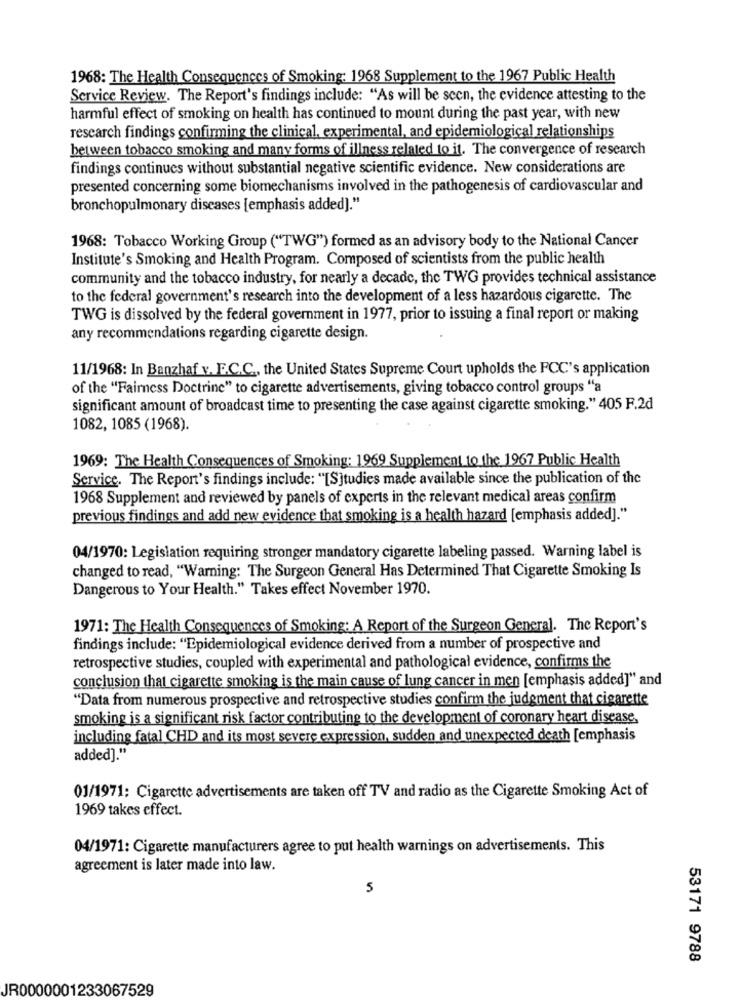
1968: The Health Consequences of Smoking: 1968 Supplement to the 1967 Public Health
Service Review. The Report's findings include: "As will be seen, the evidence attesting to the
harmful effect of smoking on health has continued to mount during the past year, with new
research findings confirming the clinical, experimental, and epidemiological relationships
between tobacco smoking and many forms of illness related to it. The convergence of research
findings continues without substantial negative scientific evidence. New considerations are
presented concerning some biomechanisms involved in the pathogenesis of cardiovascular and
bronchopulmonary diseases [emphasis added]."
1968: Tobacco Working Group ("TWG") formed as an advisory body to the National Cancer
Institute's Smoking and Health Program. Composed of scientists from the public health
community and the tobacco industry, for nearly a decade, the TWG provides technical assistance
to the federal government's research into the development of a less hazardous cigarette. The
TWG is dissolved by the federal government in 1977, prior to issuing a final report or making
any recommendations regarding cigarette design.
11/1968: In Banzhaf v. E.C.C ., the United States Supreme Court upholds the FCC's application
of the "Fairness Doctrine" to cigarette advertisements, giving tobacco control groups "a
significant amount of broadcast time to presenting the case against cigarette smoking." 405 F.2d
1082, 1085 (1968).
1969: The Health Consequences of Smoking: 1969 Supplement to the 1967 Public Health
Service. The Report's findings include: "[S]tudies made available since the publication of the
1968 Supplement and reviewed by panels of experts in the relevant medical areas confirm
previous findings and add new evidence that smoking is a health hazard [emphasis added]."
04/1970: Legislation requiring stronger mandatory cigarette labeling passed. Warning label is
changed to read, "Warning: The Surgeon General Has Determined That Cigarette Smoking Is
Dangerous to Your Health." Takes effect November 1970.
1971: The Health Consequences of Smoking: A Report of the Surgeon General. The Report's
findings include: "Epidemiological evidence derived from a number of prospective and
retrospective studies, coupled with experimental and pathological evidence, confirms the
conclusion that cigarette smoking is the main cause of lung cancer in men [emphasis added]" and
"Data from numerous prospective and retrospective studies confirm the judgment that cigarette
smoking is a significant risk factor contributing to the development of coronary heart disease.
including fatal CHD and its most severe expression, sudden and unexpected death [emphasis
added]."
01/1971: Cigarette advertisements are taken off TV and radio as the Cigarette Smoking Act of
1969 takes effect.
04/1971: Cigarette manufacturers agree to put health warnings on advertisements. This
agreement is later made into law.
5
53171 9788
JR0000001233067529